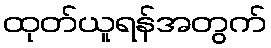
ထုတ်ယူရန်အတွက်